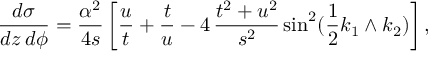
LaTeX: \frac { d \sigma } { d z \, d \phi } = \frac { \alpha ^ { 2 } } { 4 s } \, \bigg [ \frac { u } { t } + \frac { t } { u } - 4 \, \frac { t ^ { 2 } + u ^ { 2 } } { s ^ { 2 } } \, \mathrm { s i n } ^ { 2 } ( \frac { 1 } { 2 } k _ { 1 } \wedge k _ { 2 } ) \bigg ] \, ,